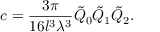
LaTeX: c = \frac { 3 \pi } { 1 6 l ^ { 3 } \lambda ^ { 3 } } \tilde { Q } _ { 0 } \tilde { Q } _ { 1 } \tilde { Q } _ { 2 } .